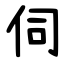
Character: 伺